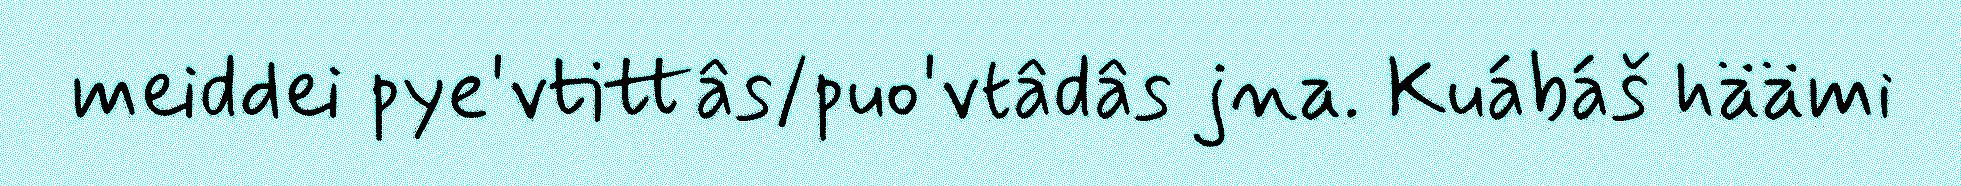
meiddei pye'vtittâs/puo'vtâdâs jna. Kuábáš häämi